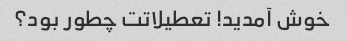
خوش آمدید! تعطیلاتت چطور بود؟